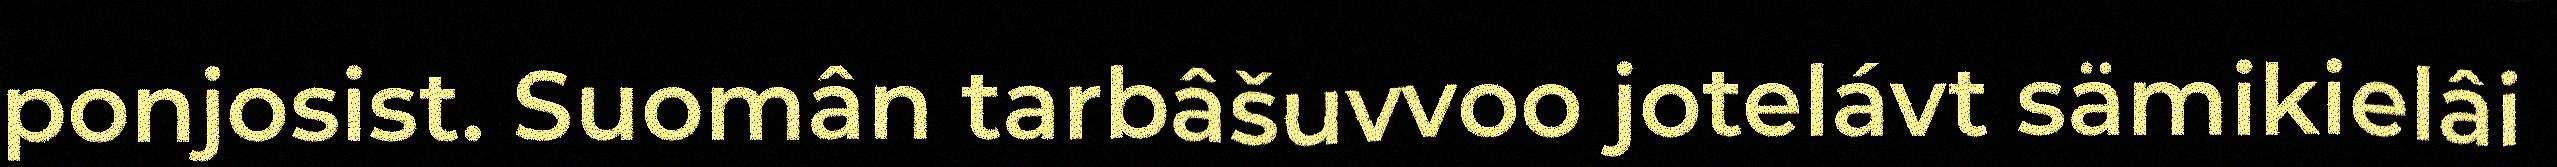
ponjosist. Suomân tarbâšuvvoo jotelávt sämikielâi